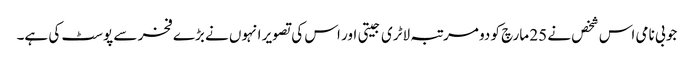
جو بی نامی اس شخص نے 25 مارچ کو دو مرتبہ لاٹری جیتی اور اس کی تصویر انہوں نے بڑے فخر سے پوسٹ کی ہے۔